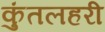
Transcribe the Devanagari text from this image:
कुंतलहरी